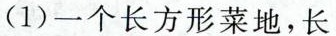
(1) 一个长方形菜地，长